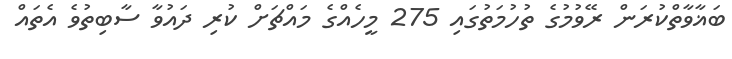
ބަޣާވާތްކުރަން ރޭވުމުގެ ތުހުމަތުގައި 275 މީހެއްގެ މައްޗަށް ކުރި ދައުވާ ސާބިތުވެ އެތައް